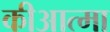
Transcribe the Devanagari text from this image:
कीआत्मा